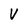
Character: V